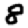
Digit: 8